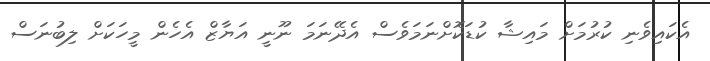
އެކައިވެނި ކުރުމަށް މައިޝާ ކުޑަކޮށްނަމަވެސް އެދޭނަމަ ނޫނީ އަޔާޒް އެހެން މީހަކަށް ލިބުނަސް